Source: Handwritten
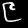
Digit: ၉ (9)